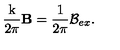
\frac { \mathrm { k } } { 2 \pi } \mathbf { B } = \frac { \mathrm { 1 } } { 2 \pi } \mathcal { B } _ { e x } .